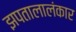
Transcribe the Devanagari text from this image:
झपतालालंकार